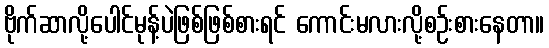
ဗိုက်ဆာလို့ပေါင်မုန့်ပဲဖြစ်ဖြစ်စားရင် ကောင်းမလားလို့စဉ်းစားနေတာ။